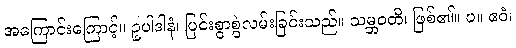
အကြောင်းကြောင့်။ ဥပါဒါနံ၊ ပြင်းစွာစွဲလမ်းခြင်းသည်။ သမ္ဘဝတိ၊ ဖြစ်၏။ ပ။ ဧဝံ၊